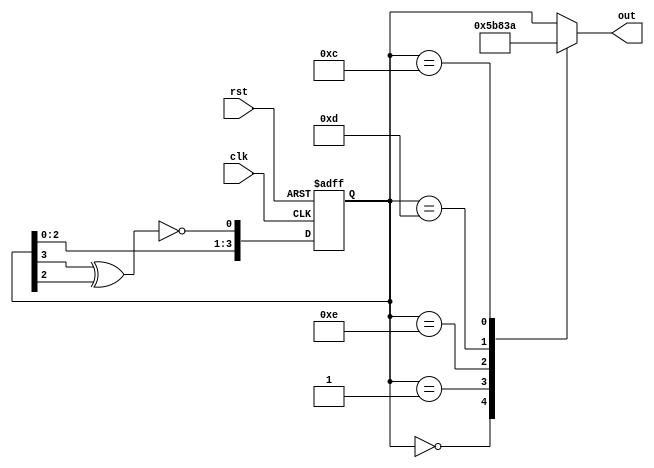
`timescale 1ns / 1ps
//////////////////////////////////////////////////////////////////////////////////
// Company: 
// Engineer: 
// 
// Design Name: 
// Module Name:    lfsr 
// Project Name: 
// Target Devices: 
// Tool versions: 
// Description: 
//
// Dependencies: 
//
// Revision: 
// Revision 0.01 - File Created
// Additional Comments: 
//
//////////////////////////////////////////////////////////////////////////////////
module lfsr (out, clk, rst);

  output reg [3:0] out;
  reg [3:0] number;
  input clk, rst;

  wire feedback;

  assign feedback = ~(number[3] ^ number[2]);


always @(posedge clk, posedge rst)
  begin
    if (rst)
      number = 4'b0;
    else
      number = {number[2:0],feedback};
  end
  
  always @(*) begin
  case(number)
  0: out=5;
  1: out=11;
  14: out=8;
  13: out=3;
  12: out=10;
  default: out=number;
  endcase
  end
endmodule